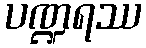
ပဏ္ဍရဿ